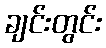
ချင်းတွင်း